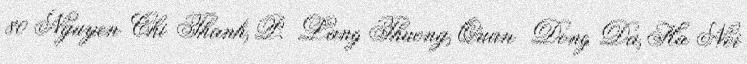
80 Nguyen Chi Thanh, P. Lang Thuong, Quan Dong Da, Ha Noi